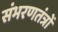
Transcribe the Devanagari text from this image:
संभरणतंत्रों